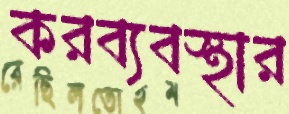
করব্যবস্থার